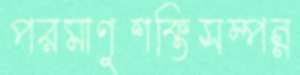
পরমাণুশক্তিসম্পন্ন